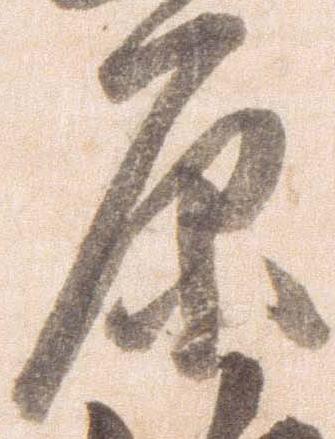
原